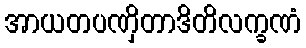
အာယတပဏှိတာဒိတိလက္ခဏံ